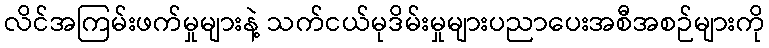
လိင်အကြမ်းဖက်မှုများနဲ့ သက်ငယ်မုဒိမ်းမှုများပညာပေးအစီအစဉ်များကို